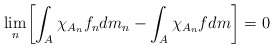
\begin{align*} \lim_n \biggl[\int_A\chi_{A_n} f_ndm_n - \int_A\chi_{A_n}fdm\biggr]=0\end{align*}